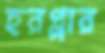
হরপ্পার